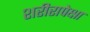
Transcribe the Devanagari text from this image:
शरीरापेक्षा